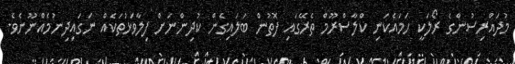
މުދައްރިސުންގެ ރޯލަކީ ހަމައެކަނި ކްލާސްރޫމް ތެރޭގައި ފޮތުން ބަލައިގެން ކުދިންނަށް ފިލާވަޅުތަކެއް ނަގައިދިނުމެއްނޫނެވެ.